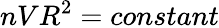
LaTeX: nVR^{2}=constant